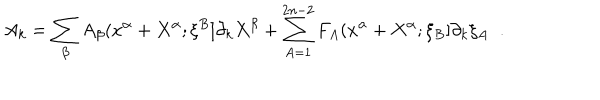
A _ { k } = \sum _ { \beta } A _ { \beta } ( x ^ { \alpha } + X ^ { \alpha } ; \xi ^ { B } ] \partial _ { k } X ^ { \beta } + \sum _ { A = 1 } ^ { 2 n - 2 } F _ { A } ( x ^ { \alpha } + X ^ { \alpha } ; \xi _ { B } ] \partial _ { k } \xi _ { A } \; \; .